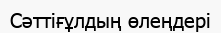
Сәттіғұлдың өлеңдері